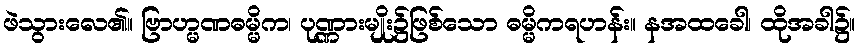
ဖဲသွားလေ၏။ ဗြာဟ္မဏဓမ္မိက၊ ပုဏ္ဏားမျိုး၌ဖြစ်သော ဓမ္မိကရဟန်း။ နအထခေါ၊ ထိုအခါ၌။